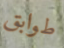
طوابق